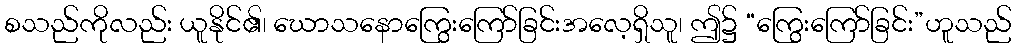
စသည်ကိုလည်း ယူနိုင်၏၊ ဃောသနောကြွေးကြော်ခြင်းအလေ့ရှိသူ၊ ဤ၌ “ကြွေးကြော်ခြင်း”ဟူသည်